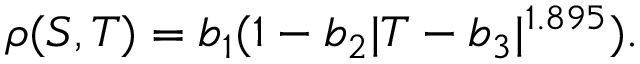
\rho ( S , T ) = b _ { 1 } ( 1 - b _ { 2 } | T - b _ { 3 } | ^ { 1 . 8 9 5 } ) .